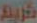
كريم